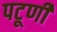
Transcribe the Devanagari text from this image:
पटूणी